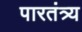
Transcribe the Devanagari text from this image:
पारतंत्र्य